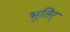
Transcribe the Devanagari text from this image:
भूतिर्